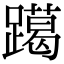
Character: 𨆍